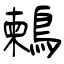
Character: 鶫